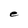
Character: e